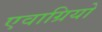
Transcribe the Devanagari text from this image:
एवाग्रियो